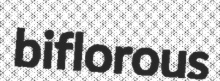
biflorous